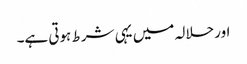
اور حلالہ میں یہی شرط ہوتی ہے۔